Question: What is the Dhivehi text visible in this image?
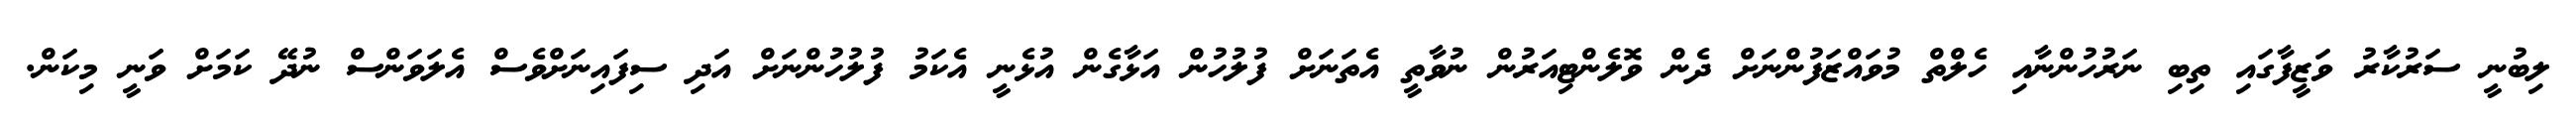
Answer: ލިބުނީ ސަރުކާރު ވަޒީފާގައި ތިބި ނަރުހުންނާއި ހެލްތް މުވައްޒަފުންނަށް ދެން ވޮލެންޓިއަރުން ނުވާތީ އެތަނަށް ފުލުހުން އަޅާގެން އުޅެނީ އެކަމު ފުލުހުންނަށް އަދި ސިފައިނަށްވެސް އެލަވަންސް ނުދޭ ކަމަށް ވަނީ މިކަން.